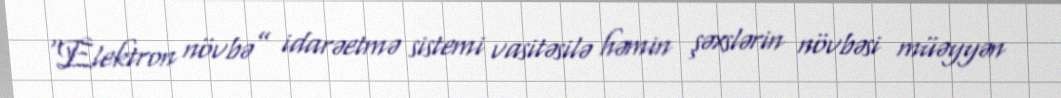
“Elektron növbə” idarəetmə sistemi vasitəsilə həmin şəxslərin növbəsi müəyyən